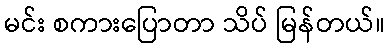
မင်း စကားပြောတာ သိပ် မြန်တယ်။